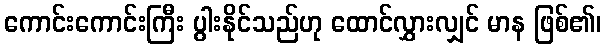
ကောင်းကောင်းကြီး ပွါးနိုင်သည်ဟု ထောင်လွှားလျှင် မာန ဖြစ်၏၊